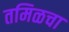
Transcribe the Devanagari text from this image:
तमिळचा